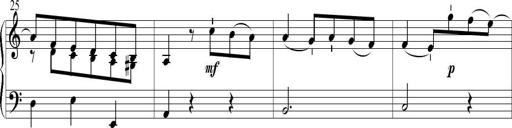
Title: 6 Leichte Sonatinen, Teil 1
Composer: F. Sigismund Sander